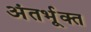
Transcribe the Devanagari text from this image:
अंतर्भूक्त